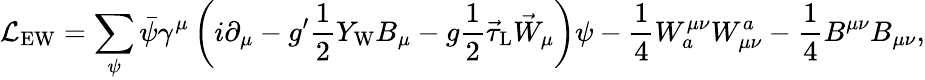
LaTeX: {\mathcal{L}}_{\mathrm{EW}}=\sum_{\psi}{\bar{\psi}}\gamma^{\mu}\left(i\partial_{\mu}-g^{\prime}{\frac{1}{2}}Y_{\mathrm{W}}B_{\mu}-g{\frac{1}{2}}{\vec{\tau}}_{\mathrm{L}}{\vec{W}}_{\mu}\right)\psi-{\frac{1}{4}}W_{a}^{\mu\nu}W_{\mu\nu}^{a}-{\frac{1}{4}}B^{\mu\nu}B_{\mu\nu},